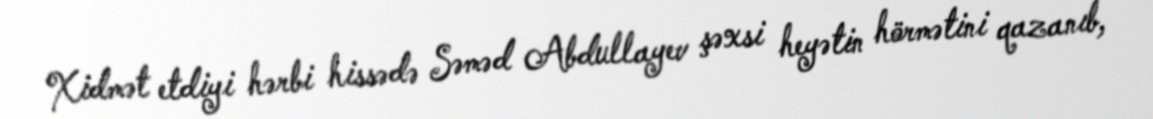
Xidmət etdiyi hərbi hissədə Səməd Abdullayev şəxsi heyətin hörmətini qazanıb,